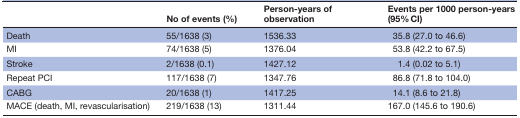
<table><thead><tr><td></td><td><b>No of events (%)</b></td><td><b>Person-years of observation</b></td><td><b>Events per 1000 person-years (95% CI)</b></td></tr></thead><tbody><tr><td>Death</td><td>55/1638 (3)</td><td>1536.33</td><td>35.8 (27.0 to 46.6)</td></tr><tr><td>MI</td><td>74/1638 (5)</td><td>1376.04</td><td>53.8 (42.2 to 67.5)</td></tr><tr><td>Stroke</td><td>2/1638 (0.1)</td><td>1427.12</td><td>1.4 (0.02 to 5.1)</td></tr><tr><td>Repeat PCI</td><td>117/1638 (7)</td><td>1347.76</td><td>86.8 (71.8 to 104.0)</td></tr><tr><td>CABG</td><td>20/1638 (1)</td><td>1417.25</td><td>14.1 (8.6 to 21.8)</td></tr><tr><td>MACE (death, MI, revascularisation)</td><td>219/1638 (13)</td><td>1311.44</td><td>167.0 (145.6 to 190.6)</td></tr></tbody></table>